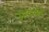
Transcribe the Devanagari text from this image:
उम्स्वातीने